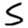
Digit: 5